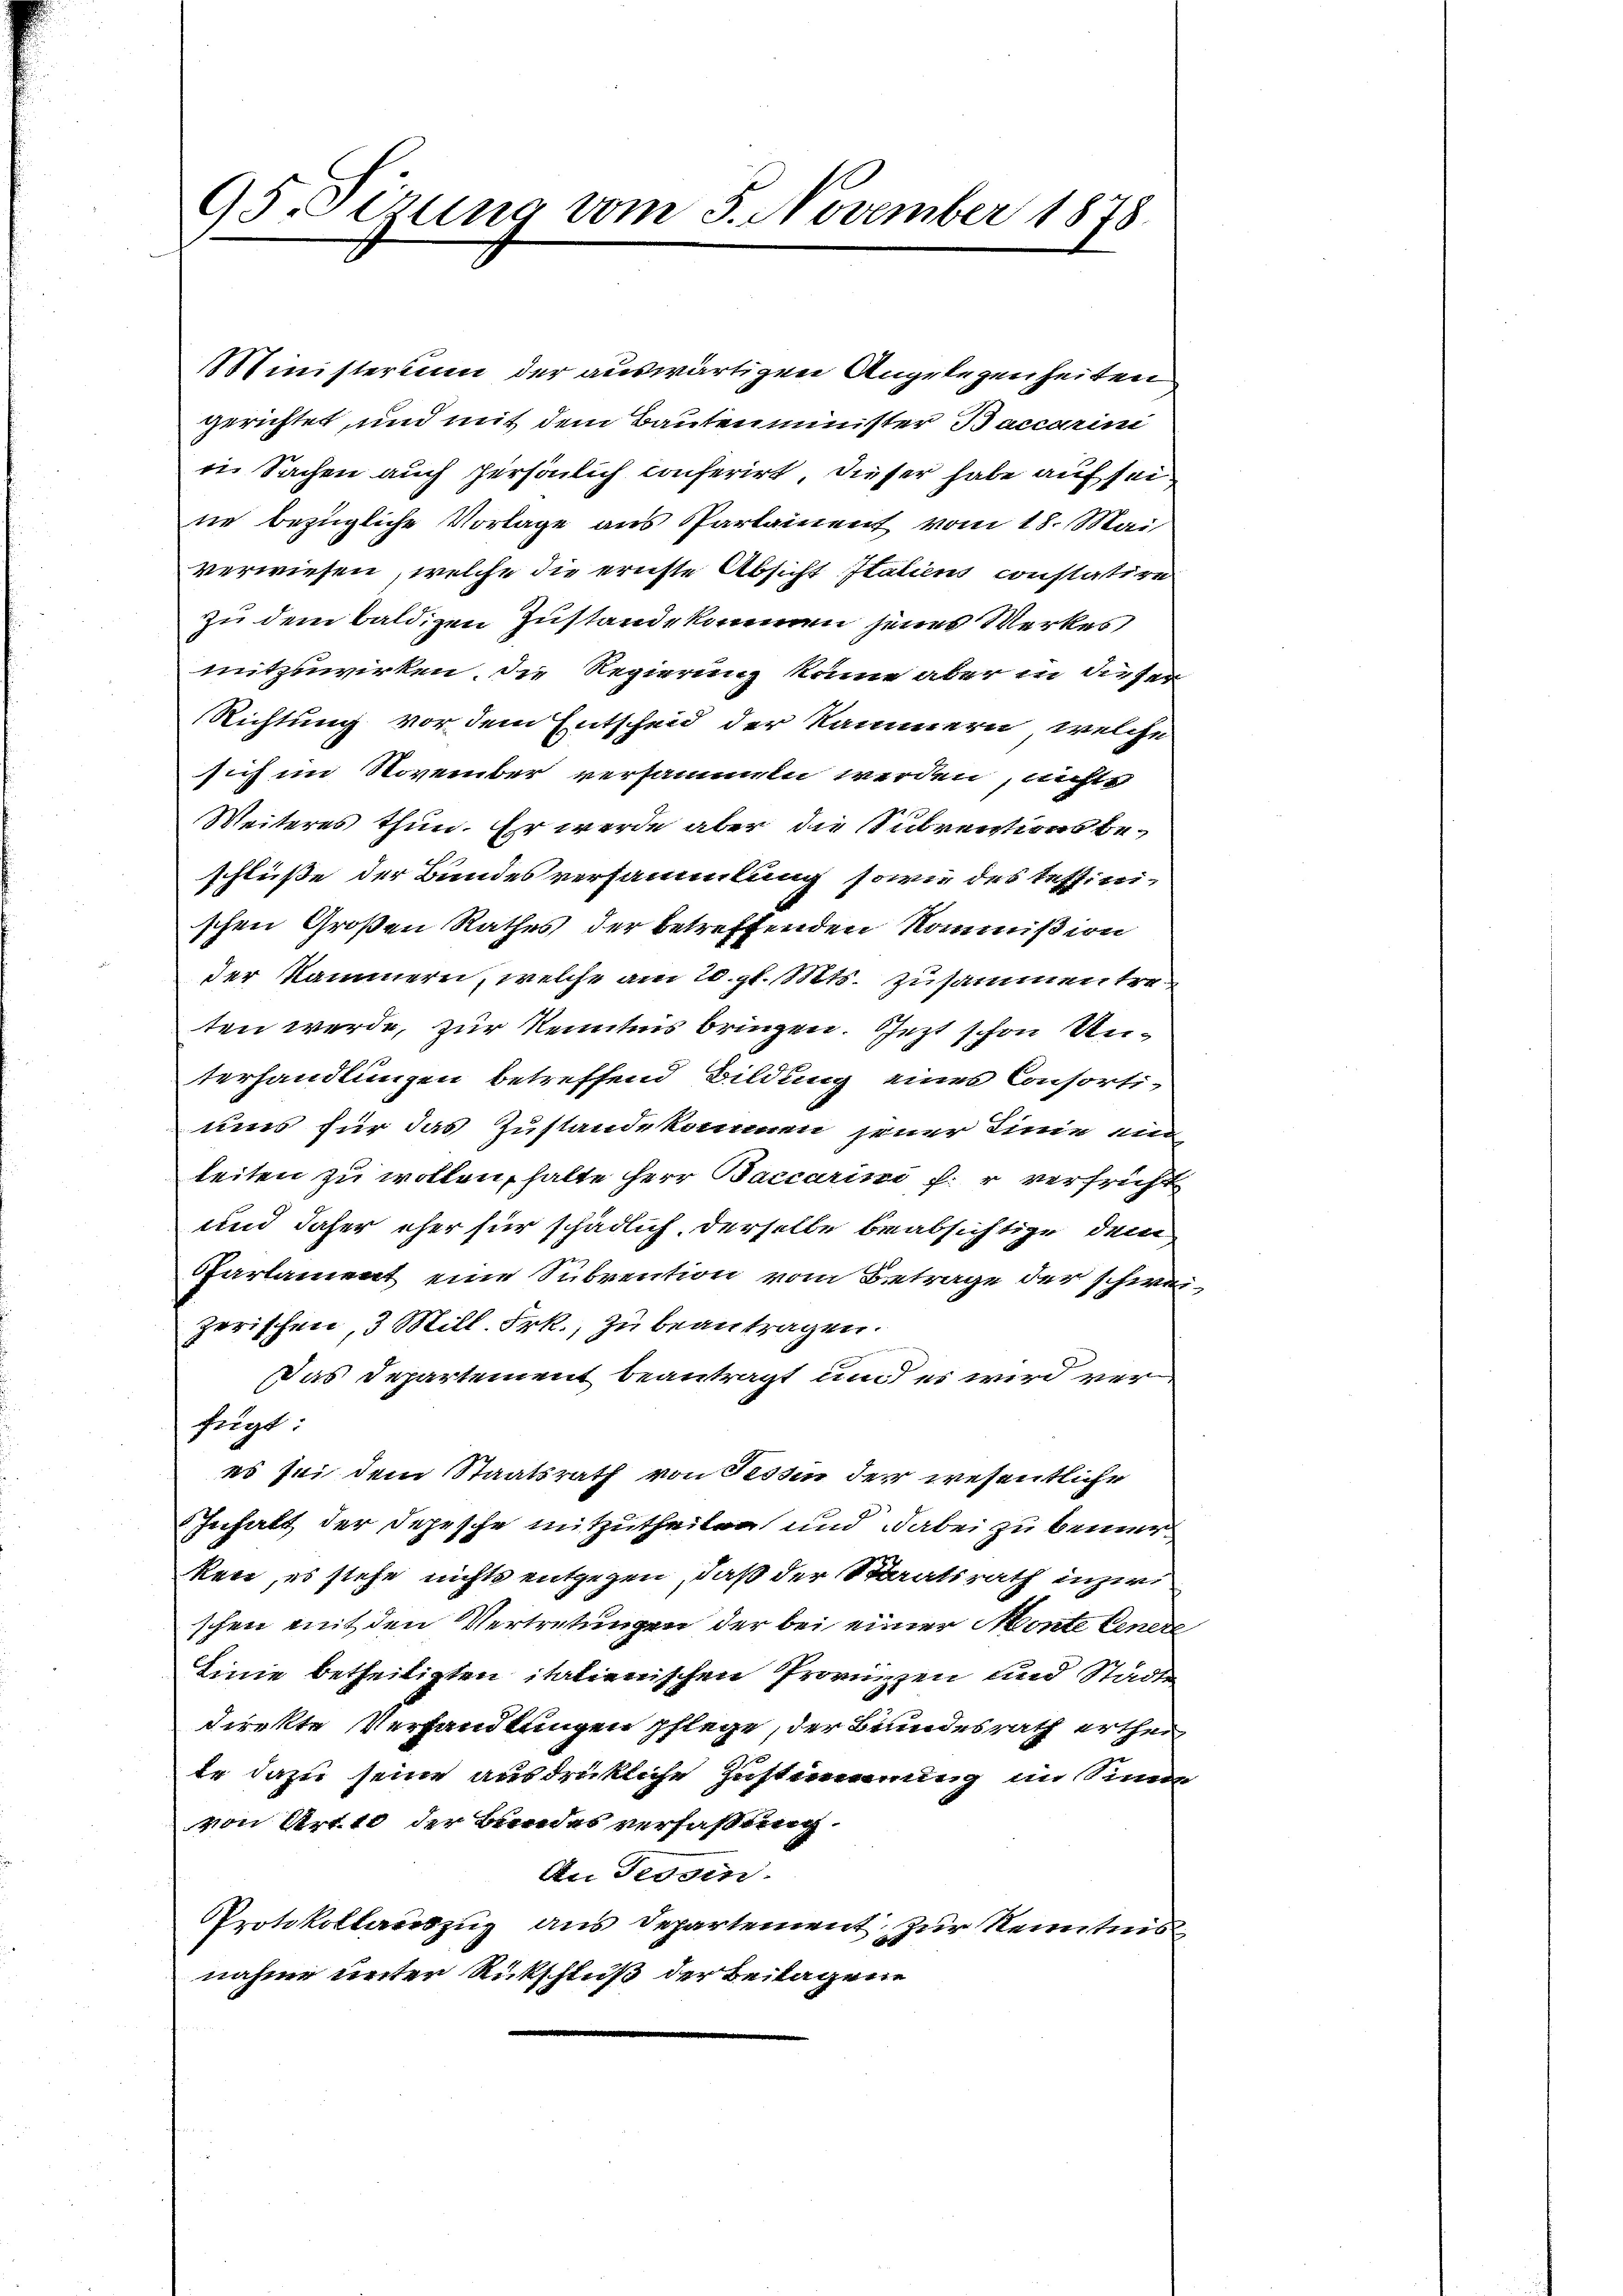
95. Sirung vom 3. November 1878.

Ministerium der auswärtigen Angelegenheiten
gerichtet, und mit dem Bautenminister Baccarini
i Sachen auch persönlich conferirt, dieser habe auf seine bezügliche Vorlage aus Parlament vom 18. Mai
verwiesen, welche die ernste Absicht Italien constatire
zu dem baldizen Zustande kommen jenes Werkes
mitzuwirken, die Regierung könne aber in dieser
Richtung vor dem Entscheid der Kammern, welche
sich im November versammen werden, nichts
Weiteres thun. Er werde aber die Subrentionsbeschluße der Bundesversammlung sowie des Tessini-
schen Großen Rathes der betreffenden Kommißion
der Kammern, welche am 20. gl. Mts. zusammentreten werde, zur Kenntnis bringen. Jezt schon Unterhandlungen betreffend Bildung eines Consortiums für das Zustandekommen jener Linie ein
leiten zu wollen, halte Herr Baccarisi fr verfricht
und daher eher für schädlich, derselbe beabsichtige dem
Parlament eine Subvention vom Betrage der schwei-
zerischen, 3 Mill. Frk., zu beantragen.
Das Departement beantragt und es wird verfügt:
es sei dem Staatsrath von Tessin der wesentliche
Inhalt der Depesche mitzutheilen und dabei zu bemerken, es stehe nichts entgegen, daß der Staatsrath inser
schen mit den Vertretungen der bei einer Monte Einere
Linie betheiligten italienischen Provizzen und Städte
direkte Verhandlungen pflege, der Bundesrath ertheite dazu seine ausdrückliche Zustimmung im Sinne
von Art. 10 der Bundes verfaßung.
An Tessin.
Protokollauszug aus Departement zur Kenntnis
nahme unter Rückschluß der Beilagene